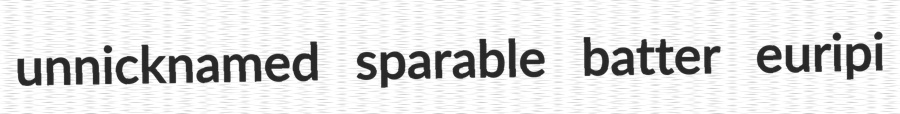
unnicknamed sparable batter euripi